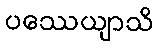
ပဿေယျာသိ